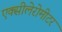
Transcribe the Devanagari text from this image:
एक्सीलेरोमीटर